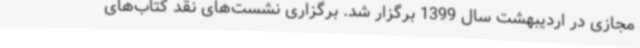
مجازی در اردیبهشت سال 1399 برگزار شد. برگزاری نشست‌های نقد کتاب‌های